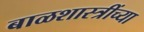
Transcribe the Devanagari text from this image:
बाळशास्त्रींच्या